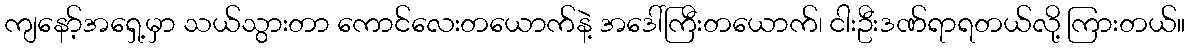
ကျနော့်အရှေ့မှာ သယ်သွားတာ ကောင်လေးတယောက်နဲ့ အဒေါ်ကြီးတယောက်၊ ငါးဦးဒဏ်ရာရတယ်လို့ ကြားတယ်။